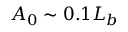
A _ { 0 } \sim 0 . 1 L _ { b }